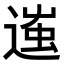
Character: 𨔢